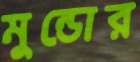
মুন্ডোর